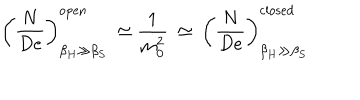
LaTeX: \left( \frac { N } { D e } \right) _ { \beta _ { H } \gg \beta _ { S } } ^ { \mathrm { o p e n } } \: \simeq \frac { 1 } { m _ { 0 } ^ { 2 } } \: \simeq \: \left( \frac { N } { D e } \right) _ { \beta _ { H } \gg \beta _ { S } } ^ { \mathrm { c l o s e d } }